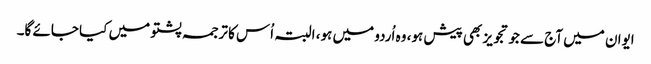
ایوان میں آج سے جو تجویز بھی پیش ہو، وہ اُردو میں ہو، البتہ اُس کا ترجمہ پشتو میں کیا جائے گا۔